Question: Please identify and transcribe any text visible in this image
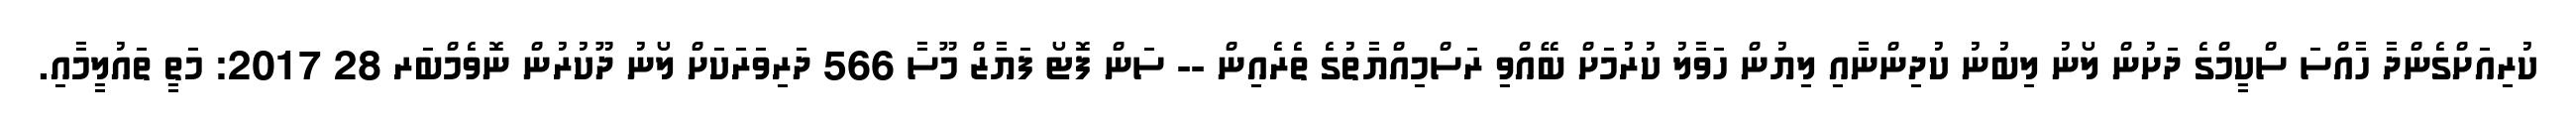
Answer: ކުރިއަށްގެންދާ ހާއްސަ ސްކީމްގެ ދަށުން ލޯނު ލިބުނު ކުދިންނާއި ލިޔުން ހަވާލު ކުރުމަށް ބޭއްވި ރަސްމިއްޔާތުގެ ތެރެއިން -- ސަން ފޮޓޯ ފަޔާޒް މޫސާ 566 ދަރިވަރަކަށް ލޯނު ދޫކުރުން ނޮވެމްބަރ 28 2017: މަތީ ތައުލީމާއި.